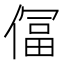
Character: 𫣕